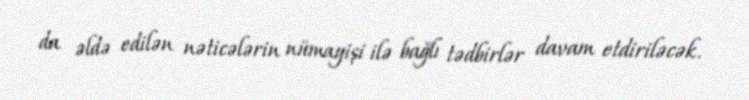
da əldə edilən nəticələrin nümayişi ilə bağlı tədbirlər davam etdiriləcək.